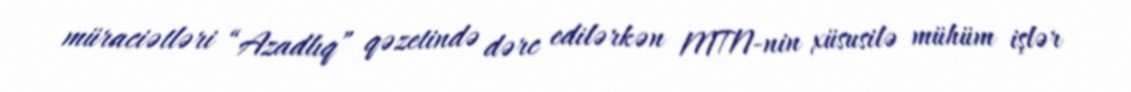
müraciətləri “Azadlıq” qəzetində dərc edilərkən MTN-nin xüsusilə mühüm işlər